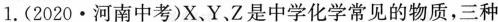
1.(2020·河南中考)X、Y、Z是中学化学常见的物质，三种